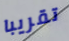
تقريبا